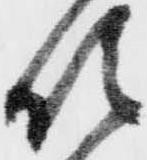
領